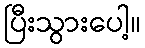
ပြီးသွားပေါ့။